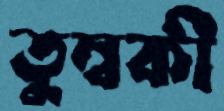
তুম্বকী